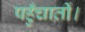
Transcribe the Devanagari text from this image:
पहुँचातीं।